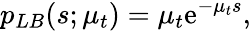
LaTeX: p_{LB}(s;\mu_{t})=\mu_{t}\mathrm{e}^{-\mu_{t}s},